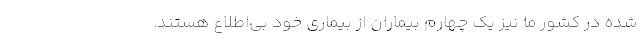
شده در کشور ما نیز یک چهارم بیماران از بیماری خود بی‌اطلاع هستند.